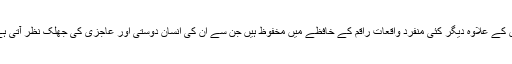
اس کے علاوہ دیگر کئی منفرد واقعات راقم کے خافظے میں مخفوظ ہیں جن سے اُن کی انسان دوستی اور عاجزی کی جھلک نظر آتی ہے۔